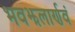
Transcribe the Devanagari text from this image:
भवझलार्णवं